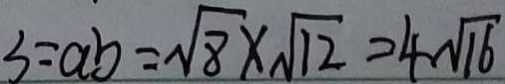
3 = a b = \sqrt { 8 } \times \sqrt { 1 2 } = 4 \sqrt { 1 6 }